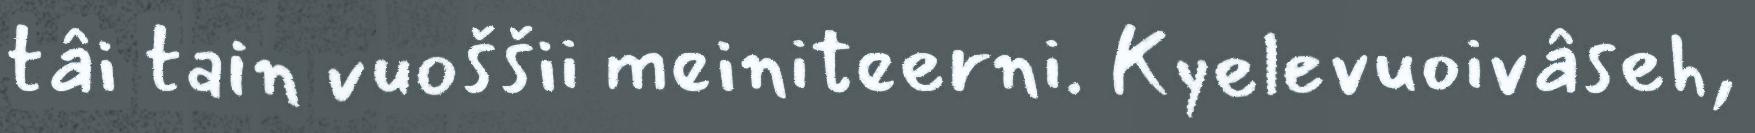
tâi tain vuoššii meiniteerni. Kyelevuoivâseh,